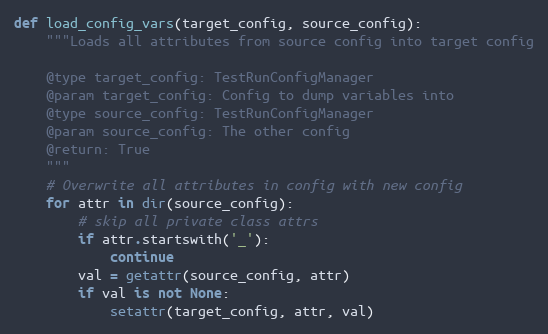
Language: Python
def load_config_vars(target_config, source_config):
    """Loads all attributes from source config into target config

    @type target_config: TestRunConfigManager
    @param target_config: Config to dump variables into
    @type source_config: TestRunConfigManager
    @param source_config: The other config
    @return: True
    """
    # Overwrite all attributes in config with new config
    for attr in dir(source_config):
        # skip all private class attrs
        if attr.startswith('_'):
            continue
        val = getattr(source_config, attr)
        if val is not None:
            setattr(target_config, attr, val)